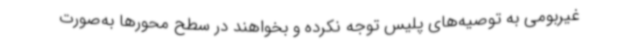
غیربومی به توصیه‌های پلیس توجه نکرده و بخواهند در سطح محورها به‌صورت